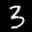
Label: 3